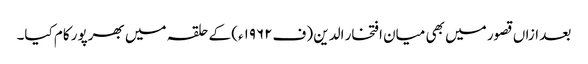
بعد ازاں قصور میں بھی میان افتخار الدین (ف۱۹۶۲ء) کے حلقہ میں بھرپور کام کیا۔